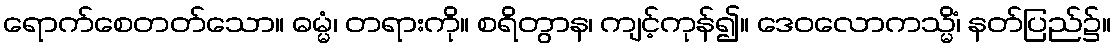
ရောက်စေတတ်သော။ ဓမ္မံ၊ တရားကို။ စရိတွာန၊ ကျင့်ကုန်၍။ ဒေဝလောကသ္မိံ၊ နတ်ပြည်၌။